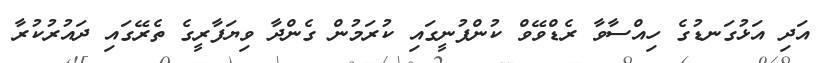
އަދި އަޅުގަނޑުގެ ހިއްސާވާ ރެޑްވޭވް ކުންފުނީގައި ކުރަމުން ގެންދާ ވިޔަފާރީގެ ތެރޭގައި ދައުރުކުރާ